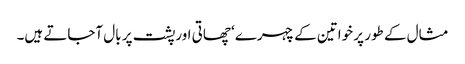
مثال کے طور پر خواتین کے چہرے‘ چھاتی اورپشت پر بال آجاتے ہیں۔